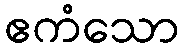
ဧကံသော